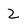
Character: Z